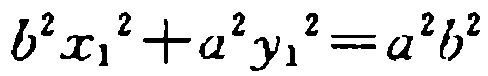
\(b^{2}x_{1}^{2}+a^{2}y_{1}^{2}=a^{2}b^{2}\)